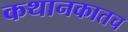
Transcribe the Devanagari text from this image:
कथानकातच